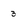
Character: 3